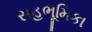
સહભૂમિકા